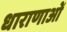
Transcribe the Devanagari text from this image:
धाराणाओं